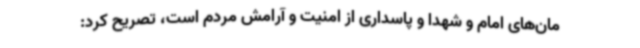
مان‌های امام و شهدا و پاسداری از امنیت و آرامش مردم است، تصریح کرد: